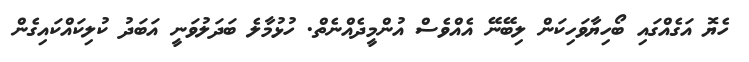
ހެޔޮ އަގެއްގައި ބޯހިޔާވަހިކަން ލިބޭނޭ އެއްވެސް އުންމީދެއްނެތް. ހުޅުމާލެ ބަދަލުވަނީ އަބަދު ކުލިކައްކައިގެން